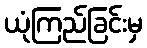
ယုံကြည်ခြင်းမှ